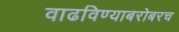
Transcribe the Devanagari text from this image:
वाढविण्याबरोबरच